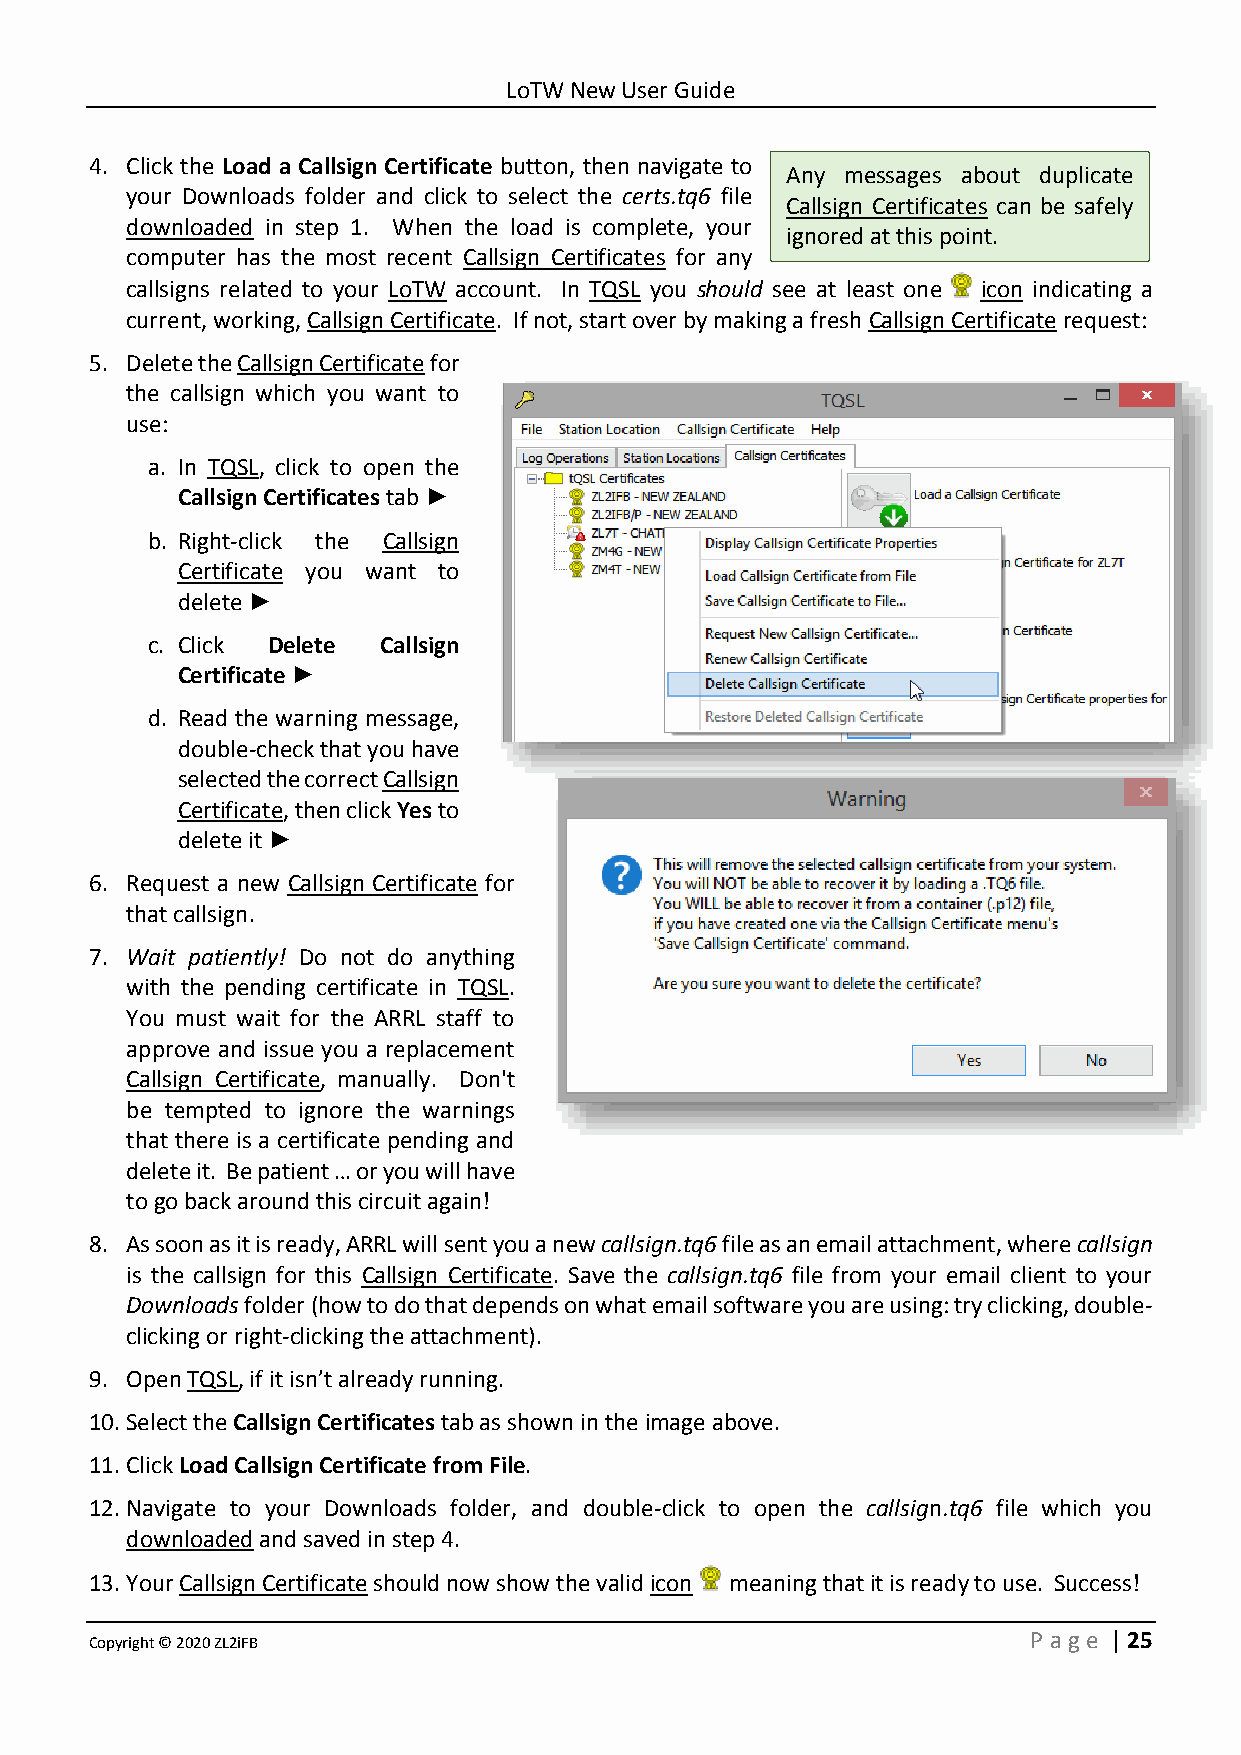
LoTW New User Guide
 4. Click the Load a Callsign Certificate button, then navigate to
 Any messages about duplicate
 your Downloads folder and click to select the certs.tq6 file
 Callsign Certificates can be safely
 downloaded in step 1. When the load is complete, your
 ignored at this point.
 computer has the most recent Callsign Certificates for any
 callsigns related to your LoTW account. In TQSL you should see at least one icon indicating a
 current, working, Callsign Certificate. If not, start over by making a fresh Callsign Certificate request:
 5. Delete the Callsign Certificate for
 the callsign which you want to
 use:
 a. In TQSL, click to open the
 Callsign Certificates tab ►
 b. Right-click the Callsign
 Certificate you want to
 delete ►
 c. Click Delete Callsign
 Certificate ►
 d. Read the warning message,
 double-check that you have
 selected the correct Callsign
 Certificate, then click Yes to
 delete it ►
 6. Request a new Callsign Certificate for
 that callsign.
 7. Wait patiently! Do not do anything
 with the pending certificate in TQSL.
 You must wait for the ARRL staff to
 approve and issue you a replacement
 Callsign Certificate, manually. Don't
 be tempted to ignore the warnings
 that there is a certificate pending and
 delete it. Be patient … or you will have
 to go back around this circuit again!
 8. As soon as it is ready, ARRL will sent you a new callsign.tq6 file as an email attachment, where callsign
 is the callsign for this Callsign Certificate. Save the callsign.tq6 file from your email client to your
 Downloads folder (how to do that depends on what email software you are using: try clicking, double-
 clicking or right-clicking the attachment).
 9. Open TQSL, if it isn’t already running.
 10. Select the Callsign Certificates tab as shown in the image above.
 11. Click Load Callsign Certificate from File.
 12. Navigate to your Downloads folder, and double-click to open the callsign.tq6 file which you
 downloaded and saved in step 4.
 13. Your Callsign Certificate should now show the valid icon meaning that it is ready to use. Success!
 Copyright © 2020 ZL2iFB                                       P age | 25